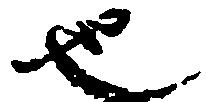
也